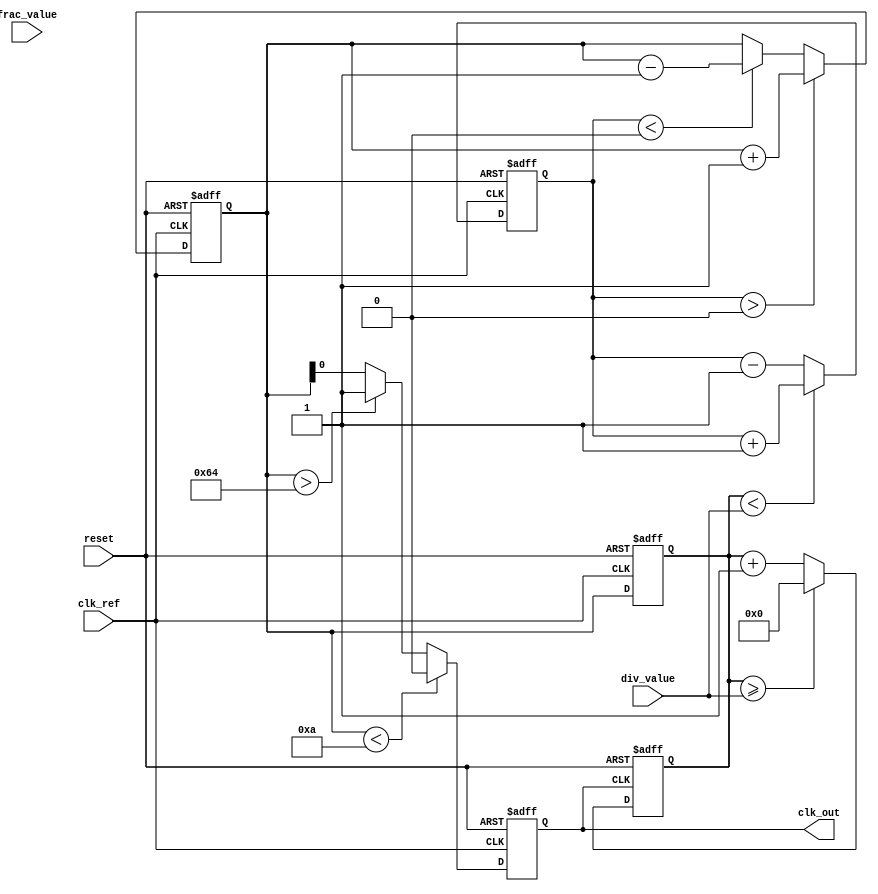
module fractional_PLL (
    input wire clk_ref,          // Reference clock input
    input wire reset,            // Reset signal
    input wire [N-1:0] div_value,// Division value for feedback
    input wire [M-1:0] frac_value,// Fractional division value
    output wire clk_out          // Output clock
);

// Parameters
parameter N = 8;               // Width for integer divider
parameter M = 4;               // Width for fractional divider
parameter VCO_MAX_FREQ = 100;  // Max frequency for VCO
parameter VCO_MIN_FREQ = 10;   // Min frequency for VCO

// Internal signals
reg [N-1:0] feedback_count;     // Feedback counter
reg [M-1:0] frac_counter;        // Fractional counter
reg vco_output;                  // VCO output signal
reg [N-1:0] phase_error;         // Phase error signal
reg [N-1:0] control_voltage;      // Control voltage for VCO

// Phase Detector
always @(posedge clk_ref or posedge reset) begin
    if (reset) begin
        phase_error <= 0;
    end else begin
        // Phase detection logic (simplified)
        if (feedback_count < div_value) begin
            phase_error <= phase_error + 1; // Phase error positive
        end else begin
            phase_error <= phase_error - 1; // Phase error negative
        end
    end
end

// Charge Pump
always @(posedge clk_ref or posedge reset) begin
    if (reset) begin
        control_voltage <= 0;
    end else begin
        // Charge pump logic
        if (phase_error > 0) begin
            control_voltage <= control_voltage + 1; // Source charge
        end else if (phase_error < 0) begin
            control_voltage <= control_voltage - 1; // Sink charge
        end
    end
end

// Loop Filter (simple first-order)
always @(posedge clk_ref or posedge reset) begin
    if (reset) begin
        feedback_count <= 0;
    end else begin
        feedback_count <= control_voltage; // Control voltage directly to feedback
    end
end

// Voltage-Controlled Oscillator (VCO)
always @(posedge clk_ref or posedge reset) begin
    if (reset) begin
        vco_output <= 0;
    end else begin
        // VCO tuning based on control voltage
        if (control_voltage < VCO_MIN_FREQ) begin
            vco_output <= 0; // Minimum frequency
        end else if (control_voltage > VCO_MAX_FREQ) begin
            vco_output <= 1; // Maximum frequency
        end else begin
            vco_output <= control_voltage; // Scale output based on control voltage
        end
    end
end

// Feedback Divider
always @(posedge vco_output or posedge reset) begin
    if (reset) begin
        feedback_count <= 0;
    end else begin
        // Feedback logic
        feedback_count <= feedback_count + 1;
        if (feedback_count >= div_value) begin
            feedback_count <= 0; // Reset counter
        end
    end
end

// Fractional Divider (simplified sigma-delta modulator)
always @(posedge clk_ref or posedge reset) begin
    if (reset) begin
        frac_counter <= 0;
    end else begin
        // Fractional division logic
        frac_counter <= frac_counter + 1;
        if (frac_counter >= frac_value) begin
            frac_counter <= 0; // Reset fractional counter
            // Additional logic for fractional adjustment can be added here
        end
    end
end

// Output clock generation
assign clk_out = vco_output;

endmodule